Vaccination in Bombay 1924-1928 - 1924-1928
Year: 1924
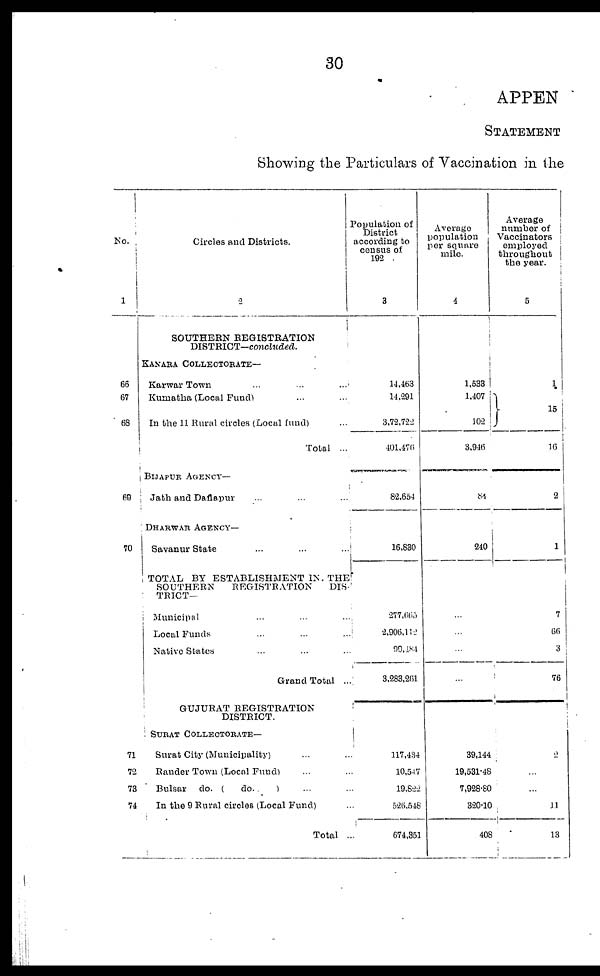
30
APPEN
STATEMENT
Showing the Particulars of Vaccination in the
No.
1
66
67
68
69
70
71
72
73
74
Circles and Districts.
2
SOUTHERN REGISTRATION
DISTRICT—concluded.
KANARA COLLECTORATE—
Karwar Town ... ... ...
Kumatha (Local Fund) ... ...
In the 11 Rural circles (Local fund) ...
Total ...
BIJAPUR AGENCY—
Jath and Daflapur ... ... ...
DHARWAR AGENCY—
Savanur State ... ... ...
TOTAL BY ESTABLISHMENT IN. THE
SOUTHERN
REGISTRATION
DIS-
TRICT—
Municipal ... ... ...
Local Funds ... ... ...
Native States ... ... ...
Grand Total ...
GUJURAT REGISTRATION
DISTRICT.
SURAT COLLECTORATE—
Surat City (Municipality) ... ...
Rander Town (Local Fund) ... ...
Bulsar do. (do.
) ... ...
In the 9 Rural circles (Local Fund) ...
Total ...
Population of
District
according to
census of
192 .
3
14,463
14,291
3,72,722
401,476
82,654
16,830
277,665
2,906,112
99,184
3,283,261
117,434
10,547
19,822
526,548
674,351
Average
population
per square
mile.
4
1,533
1,407
102
3,946
84
240
...
...
...
...
39,144
19,531.48
7,928.80
320.10
408
Average
number of
Vaccinators
employed
throughout
the year.
5
1
15
16
2
1
7
66
3
76
2
...
...
11
13